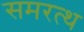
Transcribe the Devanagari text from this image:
समरत्थ